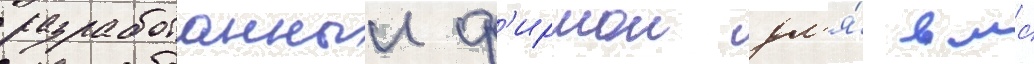
разработанныи ф'ирмои дл'я́ вмс